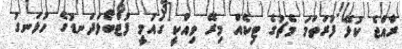
ރާއްޖެ ކުޅޭ ފުރަތަމަ މެޗުގެ ޓިކެއް މިރޭ ވިއްކީ ގައުމީ ފުޓްބޯޅަދަނޑުގެ ހުޅަނގު